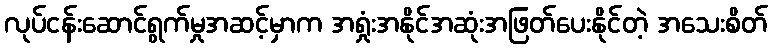
လုပ်ငန်းဆောင်ရွက်မှုအဆင့်မှာက အရှုံးအနိုင်အဆုံးအဖြတ်ပေးနိုင်တဲ့ အသေးစိတ်